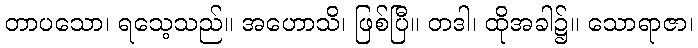
တာပသော၊ ရသေ့သည်။ အဟောသိ၊ ဖြစ်ပြီ။ တဒါ၊ ထိုအခါ၌။ သောရာဇာ၊